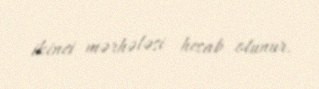
ikinci mərhələsi hesab olunur.